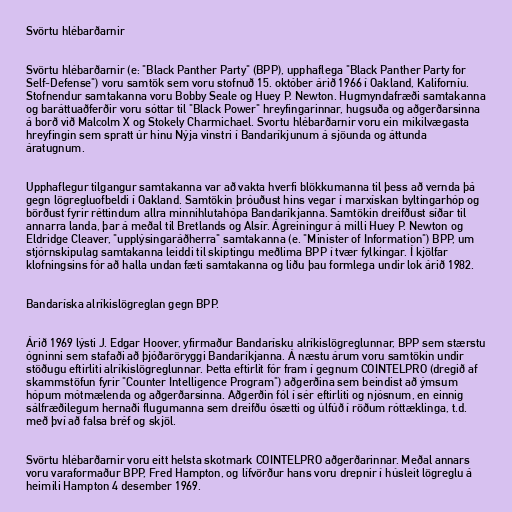
Svörtu hlébarðarnir

Svörtu hlébarðarnir (e: "Black Panther Party" (BPP), upphaflega "Black Panther Party for
Self-Defense") voru samtök sem voru stofnuð 15. október árið 1966 í Oakland, Kaliforníu.
Stofnendur samtakanna voru Bobby Seale og Huey P. Newton. Hugmyndafræði samtakanna
og baráttuaðferðir voru sóttar til "Black Power" hreyfingarinnar, hugsuða og aðgerðarsinna
á borð við Malcolm X og Stokely Charmichael. Svortu hlébarðarnir voru ein mikilvægasta
hreyfingin sem spratt úr hinu Nýja vinstri í Bandaríkjunum á sjöunda og áttunda
áratugnum.

Upphaflegur tilgangur samtakanna var að vakta hverfi blökkumanna til þess að vernda þá
gegn lögregluofbeldi í Oakland. Samtökin þróuðust hins vegar í marxískan byltingarhóp og
börðust fyrir réttindum allra minnihlutahópa Bandaríkjanna. Samtökin dreifðust síðar til
annarra landa, þar á meðal til Bretlands og Alsír. Ágreiningur á milli Huey P. Newton og
Eldridge Cleaver, "upplýsingaráðherra" samtakanna (e. "Minister of Information") BPP, um
stjórnskipulag samtakanna leiddi til skiptingu meðlima BPP í tvær fylkingar. Í kjölfar
klofningsins fór að halla undan fæti samtakanna og liðu þau formlega undir lok árið 1982.

Bandaríska alríkislögreglan gegn BPP.

Árið 1969 lýsti J. Edgar Hoover, yfirmaður Bandarísku alríkislögreglunnar, BPP sem stærstu
ógninni sem stafaði að þjóðaröryggi Bandaríkjanna. Á næstu árum voru samtökin undir
stöðugu eftirliti alríkislögreglunnar. Þetta eftirlit fór fram í gegnum COINTELPRO (dregið af
skammstöfun fyrir "Counter Intelligence Program") aðgerðina sem beindist að ýmsum
hópum mótmælenda og aðgerðarsinna. Aðgerðin fól í sér eftirliti og njósnum, en einnig
sálfræðilegum hernaði flugumanna sem dreifðu ósætti og úlfúð í röðum róttæklinga, t.d.
með því að falsa bréf og skjöl.

Svörtu hlébarðarnir voru eitt helsta skotmark COINTELPRO aðgerðarinnar. Meðal annars
voru varaformaður BPP, Fred Hampton, og lífvörður hans voru drepnir í húsleit lögreglu á
heimili Hampton 4 desember 1969.